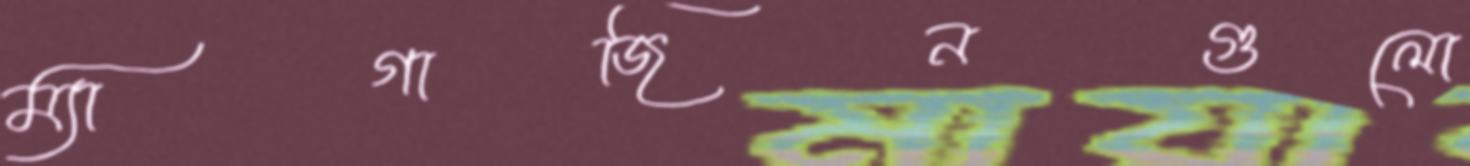
ম্যাগাজিনগুলো